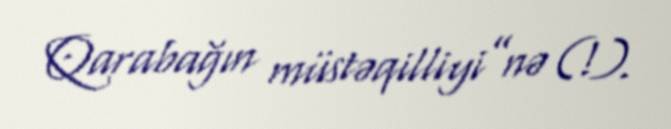
Qarabağın müstəqilliyi”nə (!).